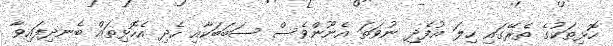
ހޮޅިތަކުގެ ތެރޭގައި ހިލަ އުފެދި ނުވަތަ އެނޫންވެސް ސަބަބަކާއި ހެދި އެހޮޅިތައް ބެނދިފައިވާ